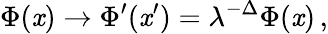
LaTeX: \Phi(\mathit{x})\rightarrow\Phi^{\prime}(\mathit{x}^{\prime})=\lambda^{-\Delta}\Phi(\mathit{x})\, ,